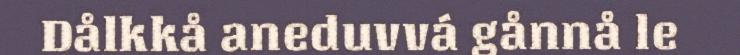
Dålkkå aneduvvá gånnå le